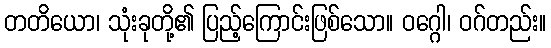
တတိယော၊ သုံးခုတို့၏ ပြည့်ကြောင်းဖြစ်သော။ ဝဂ္ဂေါ၊ ဝဂ်တည်း။